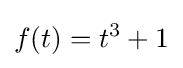
f(t)=t^{3}+1